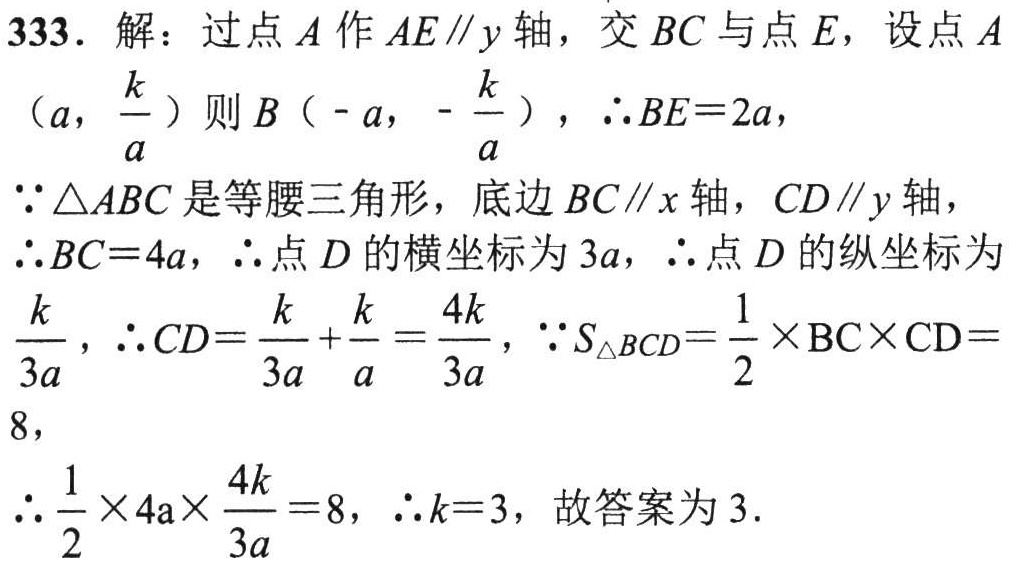
333. 解：过点\(A\)作\(AE\parallel y\)轴，交\(BC\)与点\(E\)，设点\(A\)

\((a,\frac{k}{a})\)则\(B(-a,-\frac{k}{a})\)，\(\therefore BE = 2a\)，

\(\because\triangle ABC\)是等腰三角形，底边\(BC\parallel x\)轴，\(CD\parallel y\)轴，

\(\therefore BC = 4a\)，\(\therefore\)点\(D\)的横坐标为\(3a\)，\(\therefore\)点\(D\)的纵坐标为

\(\frac{k}{3a}\)，\(\therefore CD=\frac{k}{3a}+\frac{k}{a}=\frac{4k}{3a}\)，\(\because S_{\triangle BCD}=\frac{1}{2}\times BC\times CD = 8\)，

\(\therefore\frac{1}{2}\times 4a\times\frac{4k}{3a}=8\)，\(\therefore k = 3\)，故答案为\(3\).